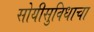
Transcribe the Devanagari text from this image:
सोयीसुविधाचा